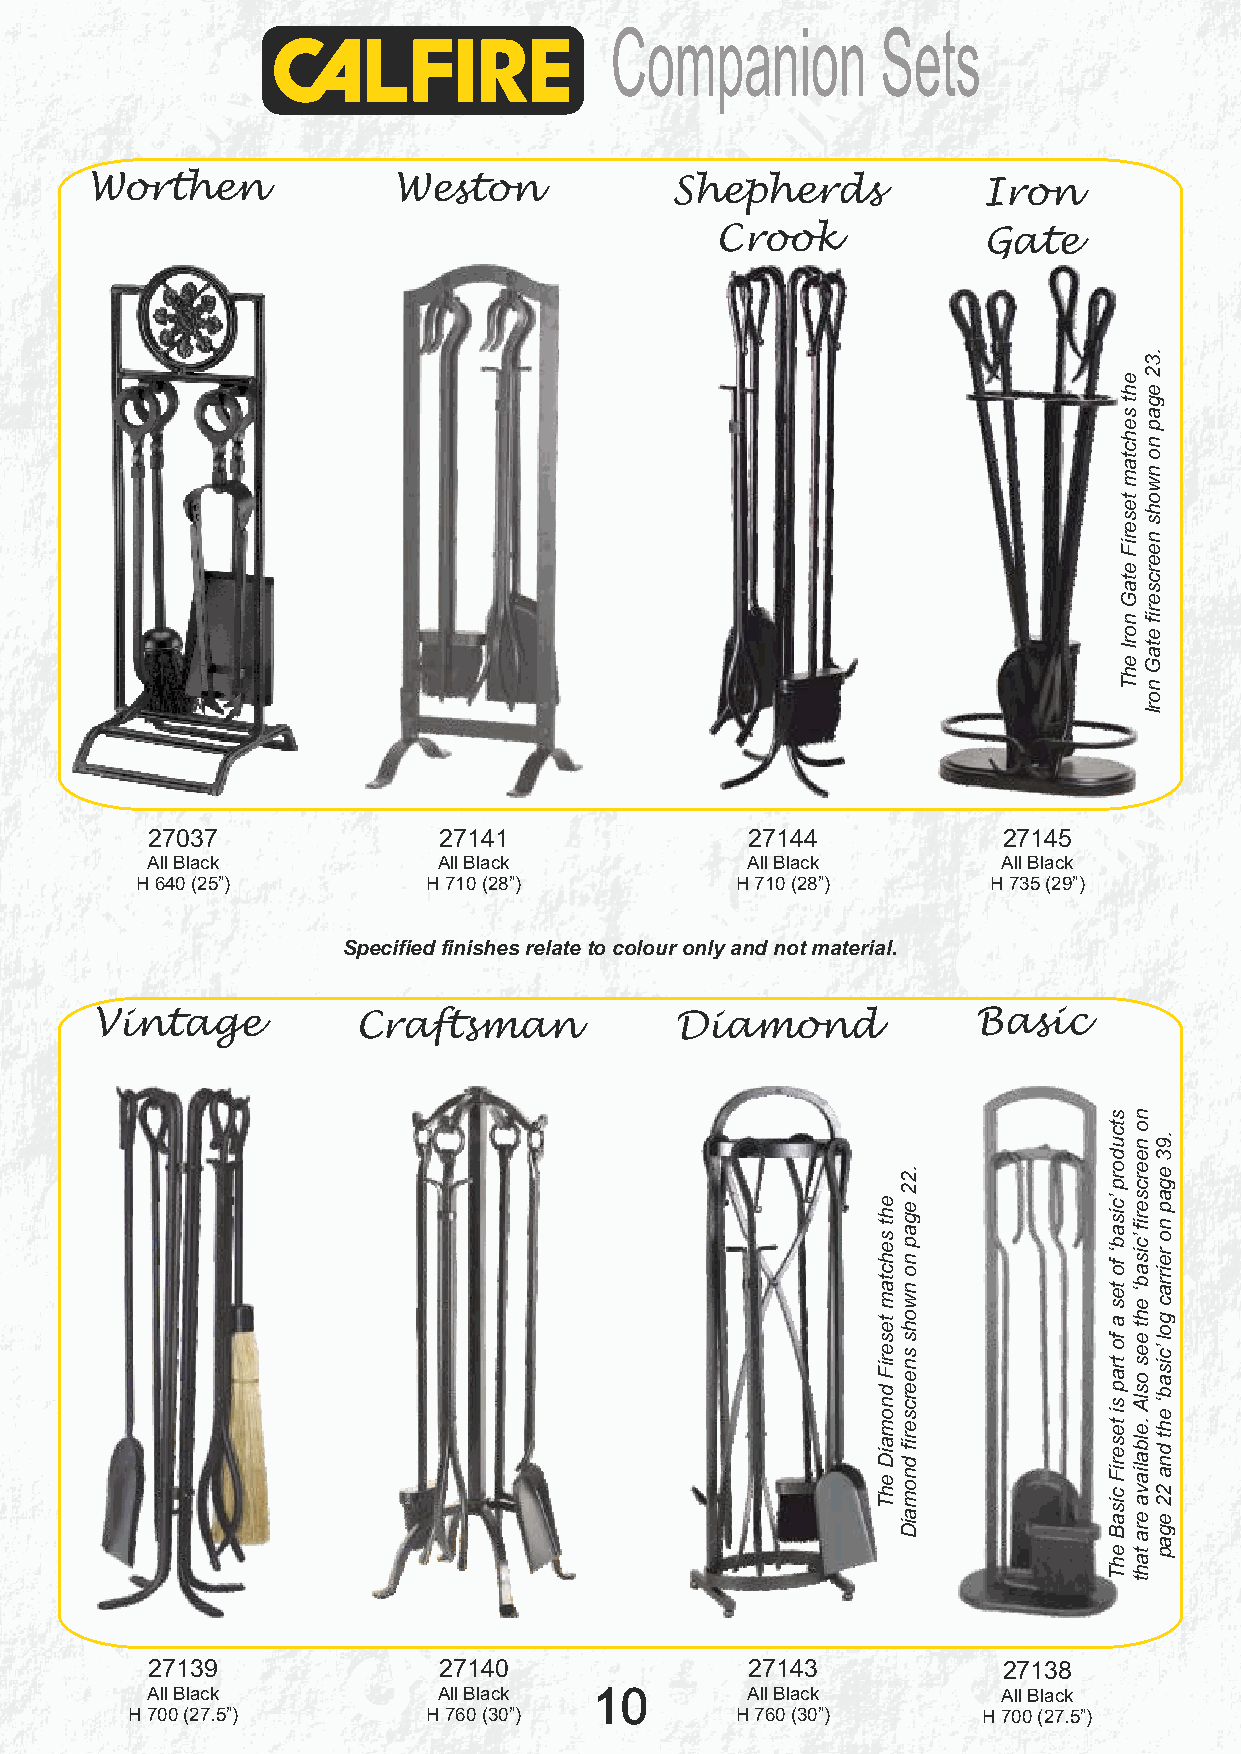
Companion         Sets
 Worthen             Weston            Shepherds            Iron
 Crook             Gate
 27037              27141                27144           27145
 All Black          All Black           All Black        All Black
 H 640 (25”)        H 710 (28”)          H 710 (28”)     H 735 (29”)
 Specified finishes relate to colour only and not material.
 Vintage           Craftsman            Diamond             Basic
 27139              27140                27143           27138
 All Black          All Black 10        All Black        All Black
 H 700 (27.5”)       H 760 (30”)          H 760 (30”)     H 700 (27.5”)
 eht
 sehctam
 teseriF
 dnomaiD
 ehT
 .22
 egap
 no
 nwohs
 sneercserif
 dnomaiD
 stcudorp
 ’cisab‘
 fo
 tes
 a
 fo
 trap
 si
 teseriF
 cisaB
 ehT
 eht
 sehctam
 teseriF
 etaG
 norI
 ehT
 no
 neercserif
 ’cisab‘
 eht
 ees
 oslA
 .elbaliava
 era
 taht
 .32
 egap
 no
 nwohs
 neercserif
 etaG
 norI
 .93
 egap
 no
 reirrac
 gol
 ’cisab‘
 eht
 dna
 22
 egap